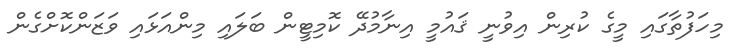
މިހަފުތާގައި މީގެ ކުރިން އިވުނީ ޤައުމީ އިނާމުދޭ ކޮމިޓީން ބަލައި މިންއަޅައި ވަޒަންކޮށްގެން